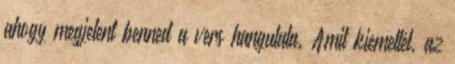
ahogy megjelent benned a vers hangulata. Amit kiemeltél, az